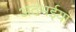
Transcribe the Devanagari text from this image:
अठभईया